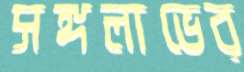
সঙ্গলাভের